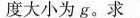
度大小为g。求